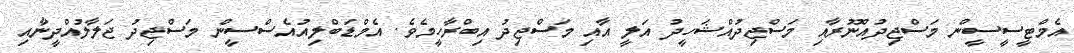
އެމްޓީސީސީން މަސްޖިދުއްނޫރާއި މަސްޖިދުއްޝަހީދު އަލީ އާއި މަސްޖިދު އިބްރާހީމެވެ. އެމްޑަބްލިއުއެސްސީން މަސްޖިދު ޖަލާލުއްދީނާއި